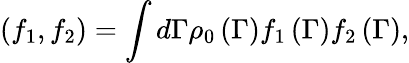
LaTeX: \left(f_{1},f_{2}\right)=\int d\Gamma\rho_{0}\left(\Gamma\right)f_{1}\left(\Gamma\right)f_{2}\left(\Gamma\right),